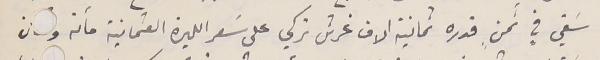
سَقي في ثمنٍ قدره ثمانية الاف غرش تركي على سَعر الليرة العثمانية مائة